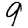
Digit: 9